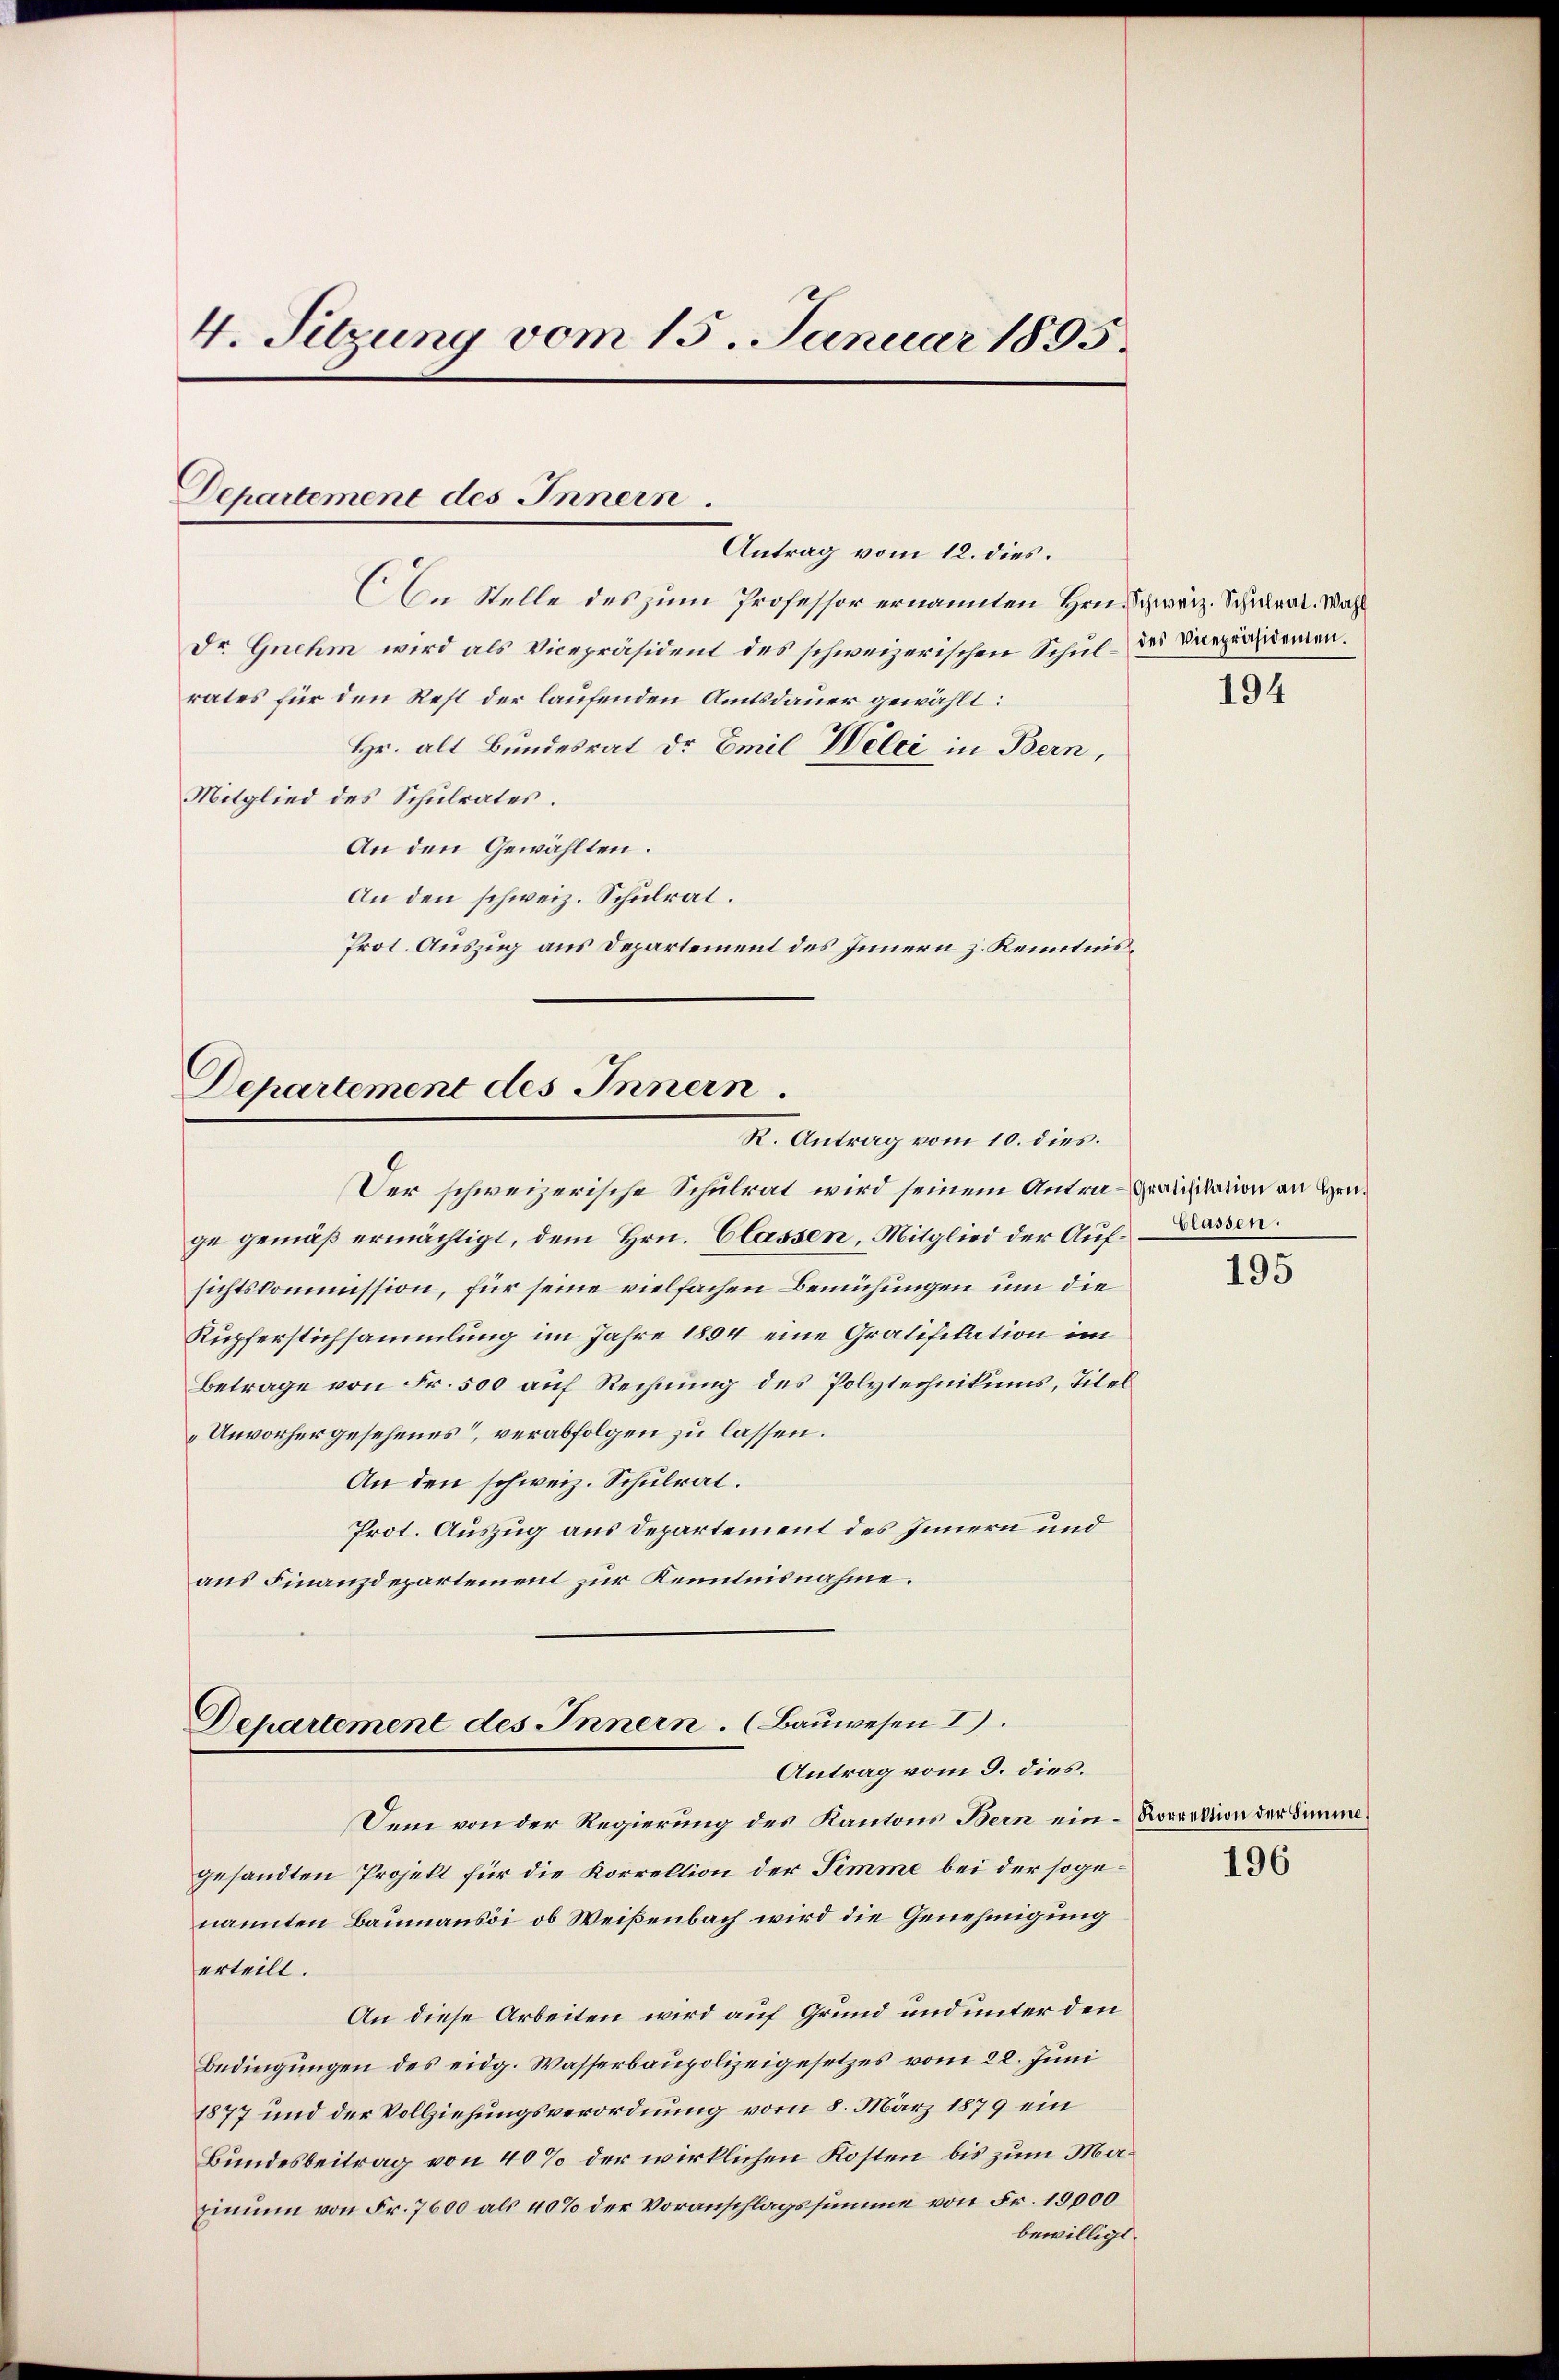
4. Sitzung vom 15. Januar 1895.

Departement des Innern.
Antrag vom 12. dies.

An Stelle des zum Professor ernannten Hrn. Schweiz. Schulrat. Wahl
Dr. Gnehm wird als Vicepräsident des schweizerischen Schul- der Dreperfidemen.
rates für den Rest der laufenden Amtsdauer gewählt:
Hr. alt Bundesrat Dr Emil Welci in Bern,
Mitglied des Schulrates.
An den Gewählten.
An den schweiz. Schulrat.
Prot. Auszug aus Departement des Innern z. Kenntnis¬

Departement des Innern
R. Antrag vom 10. dies.

Der schweizerische Schulrat wird seinem Antra-Präsidation an Hrn.
ge gemäß ermächtigt, dem Hrn. Classen, Mitglied der Auf-Lassen.
sichtskommission, für seine vielfachen Bemühungen um die
Kupferstichsammlung im Jahre 1894 eine Gratifikation im
Betrage von Fr. 500 auf Rechnung des Polytechnikums, Titel
Unvorhergesehenes“, verabfolgen zu lassen.
An den schweiz. Schulrat.
Prot. Auszug aus Departement des Innern und
aus Finanzdepartement zur Kenntnisnahme.

Dehartement des Innern. (Bauwesen I.
Antrag vom 9. dies.

Den von der Regierung des Kantons Bern ein- Korrektion der Simme
gesandten Projekt für die Korrektion der Timme bei der sogenannten Baumansi ob Weißenbach wird die Genehmigung
erteilt.
An diese Arbeiten wird auf Grund und unter den
Bedingungen des eidg. Wasserbaupolizeigesetzes vom 28. Juni
1877 und der Vollziehungsverordnung vom 8. März 1879 ein
Bundesbeitrag von 40% der wirklichen Kosten bis zum Ma¬
Einum von Fr. 7600 als 40% der Voranschlagssumme von Fr. 19,000
bewilligt.

194

195

196